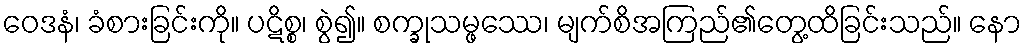
ဝေဒနံ၊ ခံစားခြင်းကို။ ပဋိစ္စ၊ စွဲ၍။ စက္ခုသမ္ဖဿေ၊ မျက်စိအကြည်၏တွေ့ထိခြင်းသည်။ နော